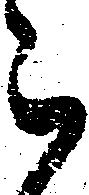
被